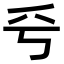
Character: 𠂞